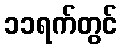
၁၁ရက်တွင်